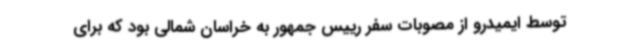
توسط ایمیدرو از مصوبات سفر رییس جمهور به خراسان شمالی بود که برای